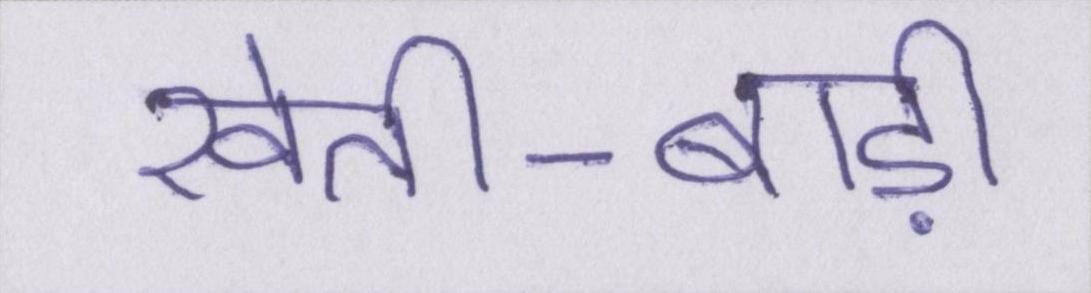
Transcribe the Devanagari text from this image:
खेती-बाड़ी